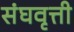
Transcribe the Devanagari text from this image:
संघवृत्ती